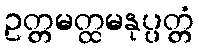
ဥတ္တမတ္ထမနုပ္ပတ္တံ